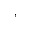
,